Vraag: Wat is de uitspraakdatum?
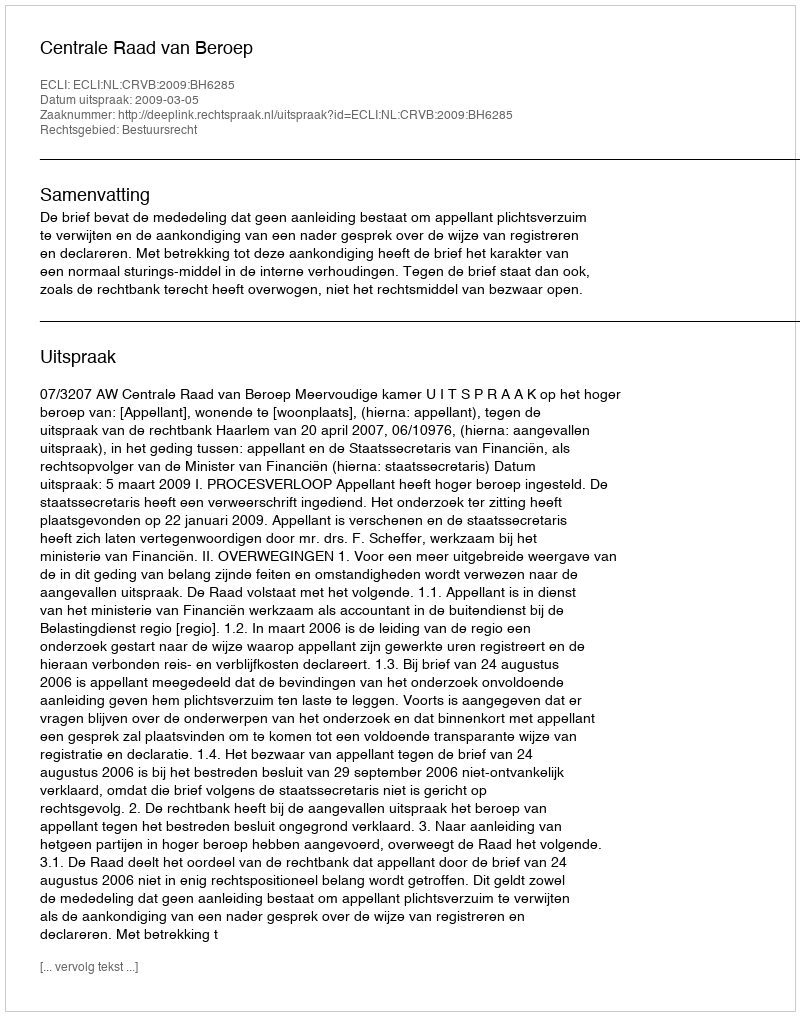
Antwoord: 2009-03-05